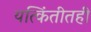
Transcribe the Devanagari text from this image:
यत्किंतीतही